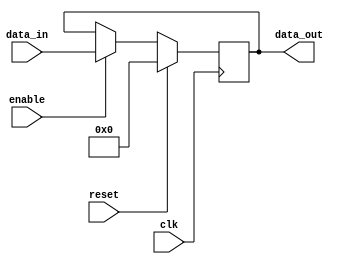
module register (
    input clk,
    input reset,
    input enable,
    input [7:0] data_in,
    output reg [7:0] data_out
);

// Define the flip-flop for the register
reg [7:0] reg_data;

// On rising edge of the clock, store data if enable signal is high
always @(posedge clk) begin
    if (reset) begin
        reg_data <= 8'h00; // Reset to all zeros
    end else begin
        if (enable) begin
            reg_data <= data_in;
        end
    end
end

// Output the stored data
assign data_out = reg_data;

endmodule